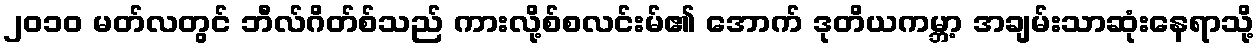
၂၀၁၀ မတ်လတွင် ဘီလ်ဂိတ်စ်သည် ကားလို့စ်စလင်းမ်၏ အောက် ဒုတိယကမ္ဘာ့ အချမ်းသာဆုံးနေရာသို့